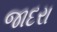
જાદરા